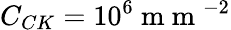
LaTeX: C_{CK}=10^{6}\mathrm{~m~m~}^{-2}